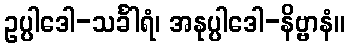
ဥပ္ပါဒေါ-သင်္ခါရံ၊ အနုပ္ပါဒေါ-နိဗ္ဗာနံ။